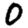
Digit: 0